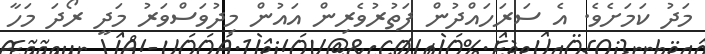
މަދު ކަމަށެވެ. އެ ސަރަހައްދުން ފަތުރުވެރިން އައުން މިދުވަސްވަރު މަދީ ރޯދަ މަހާ